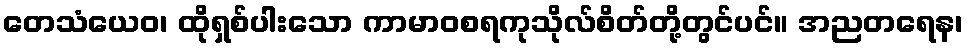
တေသံယေဝ၊ ထိုရှစ်ပါးသော ကာမာဝစရကုသိုလ်စိတ်တို့တွင်ပင်။ အညတရေန၊